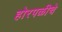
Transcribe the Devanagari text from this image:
होरपळीचे